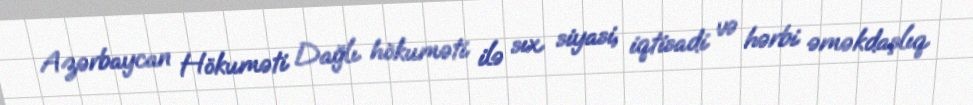
Azərbaycan Hökuməti Dağlı hökuməti ilə sıx siyasi, iqtisadi və hərbi əməkdaşlıq